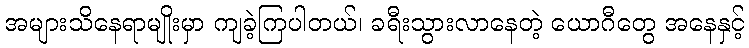
အများသိနေရာမျိုးမှာ ကျခဲ့ကြပါတယ်၊ ခရီးသွားလာနေတဲ့ ယောဂီတွေ အနေနှင့်